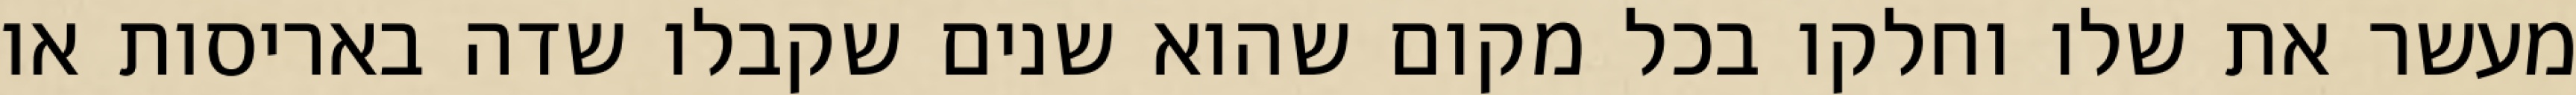
מעשר את שלו וחלקו בכל מקום שהוא שנים שקבלו שדה באריסות או